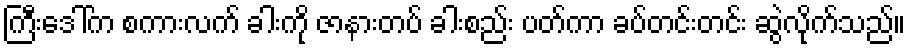
ကြီးဒေါ်က စကားလက် ခါးကို ဇာနားတပ် ခါးစည်း ပတ်ကာ ခပ်တင်းတင်း ဆွဲလိုက်သည်။